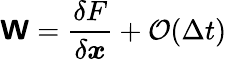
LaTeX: \boldsymbol{\mathsf{W}}=\frac{\delta F}{\delta\boldsymbol{x}}+\mathcal{O}(\Delta t)